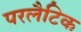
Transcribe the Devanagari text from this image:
परलैटिक